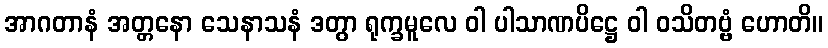
အာဂတာနံ အတ္တနော သေနာသနံ ဒတွာ ရုက္ခမူလေ ဝါ ပါသာဏပိဋ္ဌေ ဝါ ဝသိတဗ္ဗံ ဟောတိ။